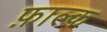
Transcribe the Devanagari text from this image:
फ़ाल्क